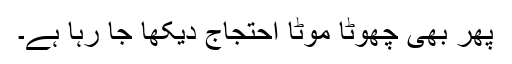
پھر بھی چھوٹا موٹا احتجاج دیکھا جا رہا ہے۔